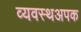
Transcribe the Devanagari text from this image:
व्यवस्थअपक